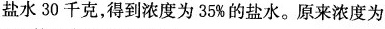
盐水30千克，得到浓度为35%的盐水。原来浓度为